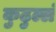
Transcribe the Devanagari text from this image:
कुढुल्लं